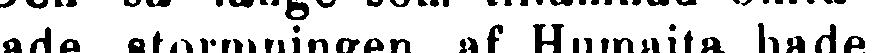
lade stormningen af Humaita hade